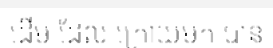
ដើម ដែល ក្រោយមក បាន